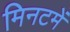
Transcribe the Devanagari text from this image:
मिनटमें